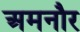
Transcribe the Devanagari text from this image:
अमनौर